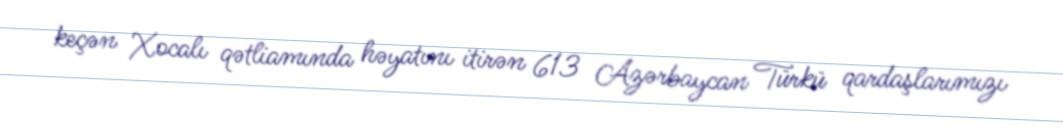
keçən Xocalı qətliamında həyatını itirən 613 Azərbaycan Türkü qardaşlarımızı